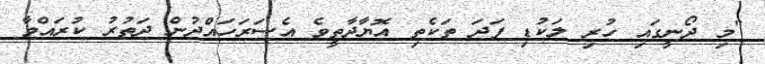
"މި ދޯނީގައި ހުރި ލަކުޑި ފަދަ ތަކެތި އޮޔާދާތީވެ އެސަރަހައްދުން ދަތުރު ކުރައްވާ